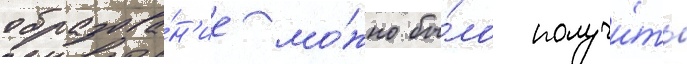
образова́н'ие мо́жно бы́ло получи́ть